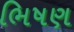
ભિષણ